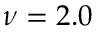
\nu = 2 . 0